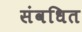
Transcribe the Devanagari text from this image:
संवधित